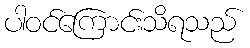
ပါဝင်ကြောင်းသိရသည်